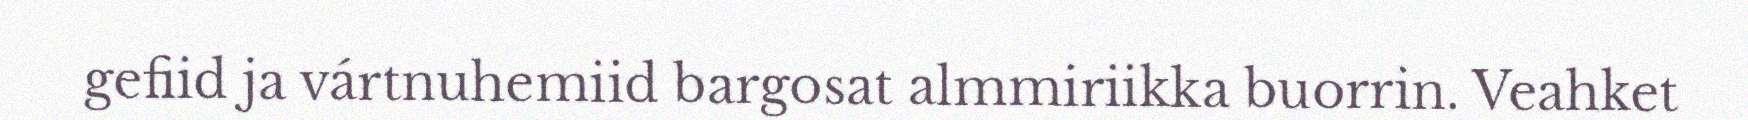
gefiid ja vártnuhemiid bargosat almmiriikka buorrin. Veahket